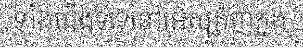
ទាំងជើងទទេនៅអេស្ប៉ាញក្នុង